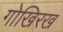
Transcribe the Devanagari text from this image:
गोखिरख